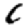
Digit: 6